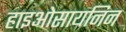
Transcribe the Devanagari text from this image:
हाइओसायनिन